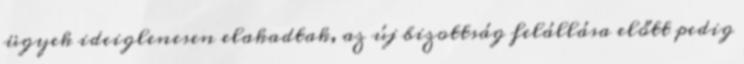
ügyek ideiglenesen elakadtak, az új bizottság felállása előtt pedig